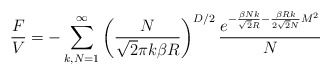
\begin{align*}\frac{F}{V}=-\sum_{k,N=1}^\infty \left(\frac{N}{\sqrt{2}\pi k\beta R}\right)^{D/2}\frac{e^{-\frac{\beta Nk}{\sqrt{2} R}-\frac{\beta R k}{2\sqrt{2} N}M^2}}{N}\end{align*}